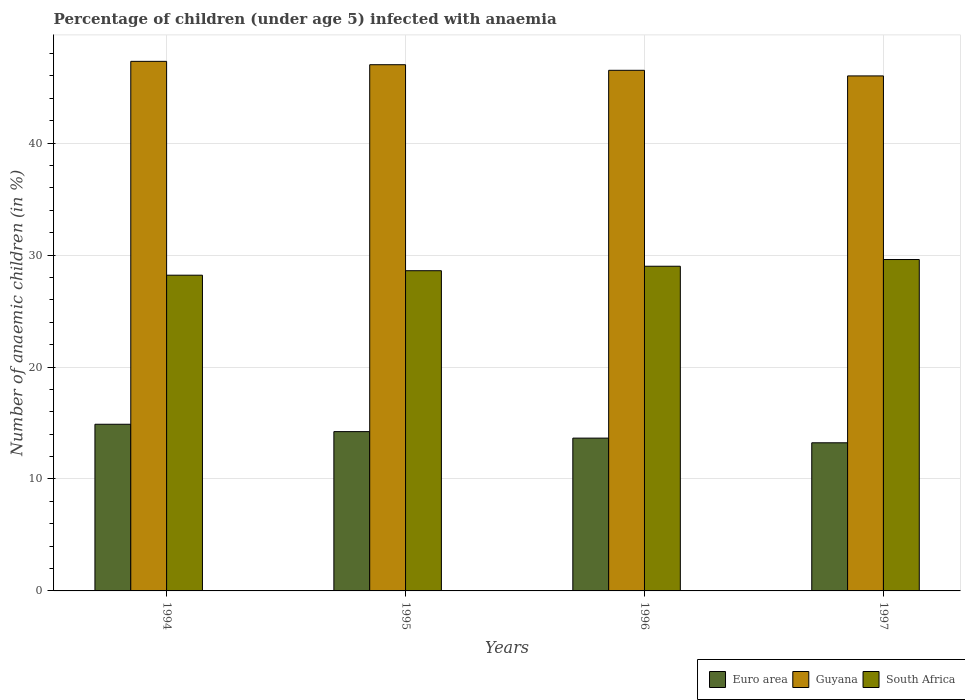
| Years | Euro area | Guyana | South Africa |
 | --- | --- | --- | --- |
 | 1994 | 14.9 | 47.3 | 28.2 |
 | 1995 | 14.2 | 47 | 28.6 |
 | 1996 | 13.6 | 46.5 | 29 |
 | 1997 | 13.2 | 46 | 29.6 |